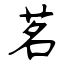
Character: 茗